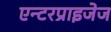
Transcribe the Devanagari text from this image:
एन्टरप्राइजेज